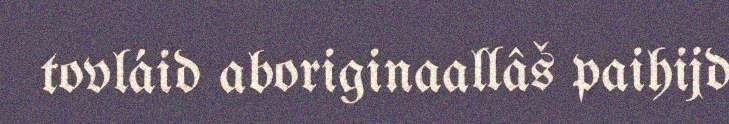
tovláid aboriginaallâš paihijd